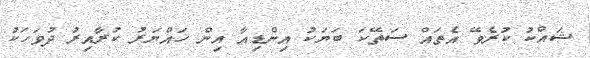
ޝައްކު ކުރެވޭ އެތައް ސަތޭކަ ބަޔަކު އިންޑިއާ އިން ހައްޔަރު ކުރާއިރު ދުވަހަކު